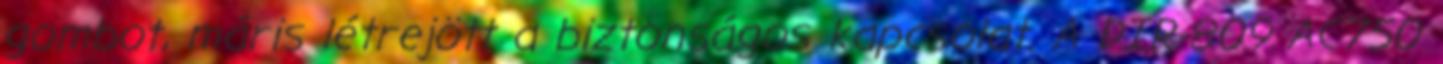
gombot, máris létrejött a biztonságos kapcsolat. A DIR-809 AC750